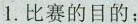
1.比赛的目的；